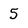
Character: 5